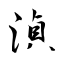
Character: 湞